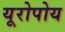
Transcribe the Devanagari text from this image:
यूरोपोय